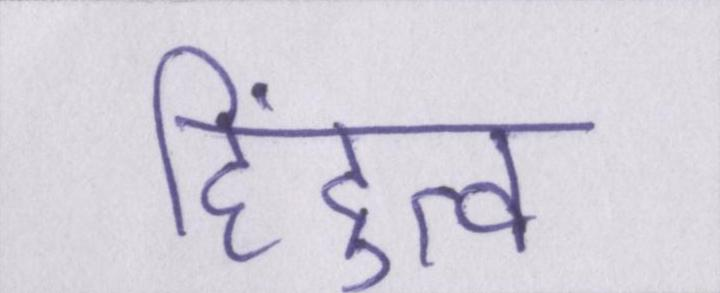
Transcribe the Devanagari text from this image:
हिंदुत्व